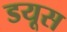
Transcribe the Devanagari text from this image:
डयूस